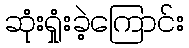
ဆုံးရှုံးခဲ့ကြောင်း